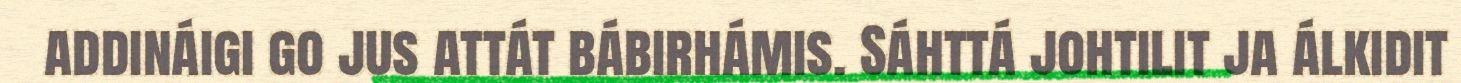
addináigi go jus attát bábirhámis. Sáhttá johtilit ja álkidit